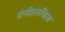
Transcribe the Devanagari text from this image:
संगीतरूचिला